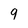
Character: 9